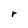
Character: r